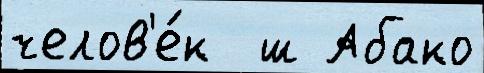
челов'е́к  ш Абако